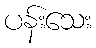
ပန်းသေး